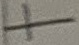
Text: +